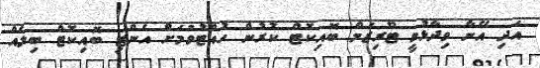
އަދި އޭނާ ވިދާޅުވީ ޓޫރިޒަމް ބޮއިކޮޓް ކުރުން ހުއްޓުވުމަށް އެންޓި ބޮއިކޮޓް ބިލެއް